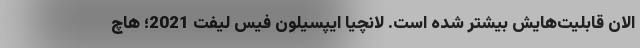
الان قابلیت‌هایش بیشتر شده است. لانچیا ایپسیلون فیس لیفت 2021؛ هاچ